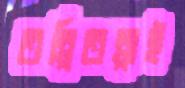
তল্পিতল্পাই